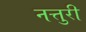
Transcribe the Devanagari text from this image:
नत्तुरी